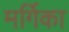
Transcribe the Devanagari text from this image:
मर्गिका